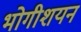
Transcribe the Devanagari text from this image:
भोगीशयन